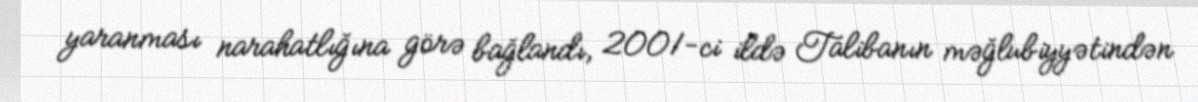
yaranması narahatlığına görə bağlandı, 2001-ci ildə Talibanın məğlubiyyətindən